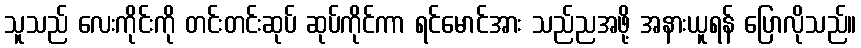
သူသည် လေးကိုင်းကို တင်းတင်းဆုပ် ဆုပ်ကိုင်ကာ ရင်မောင်အား သည်ညအဖို့ အနားယူရန် ပြောလိုသည်။